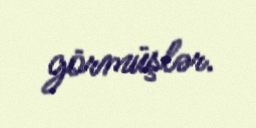
görmüşlər.